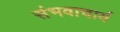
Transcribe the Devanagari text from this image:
संभवाचार्य